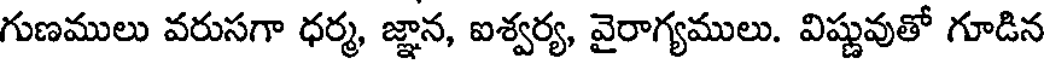
గుణములు వరుసగా ధర్మ, జ్ఞాన, ఐశ్వర్య, వైరాగ్యములు. విష్ణువుతో గూడిన